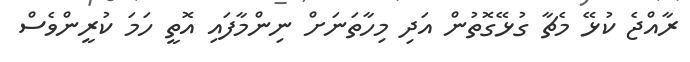
ރާއްޖެ ކުޅޭ މެޗާ ގުޅޭގޮތުން އަދި މިހާތަނަށް ނިންމާފައި އޮތީ ހަމަ ކުރީންވެސް